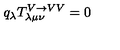
q _ { \lambda } T _ { \lambda \mu \nu } ^ { V \rightarrow V V } = 0